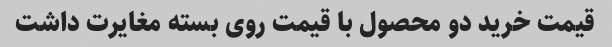
قیمت خرید دو محصول با قیمت روی بسته مغایرت داشت